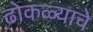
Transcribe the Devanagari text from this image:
ढोकळ्याचे